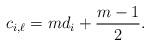
LaTeX: \begin{align*}c_{i,\ell} = md_i+\frac{m-1}{2}.\end{align*}